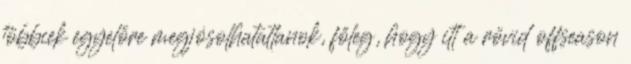
többiek egyelőre megjósolhatatlanok, főleg, hogy itt a rövid offseason